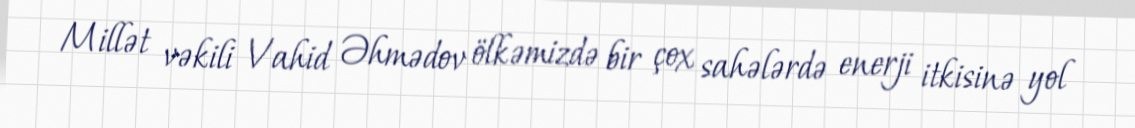
Millət vəkili Vahid Əhmədov ölkəmizdə bir çox sahələrdə enerji itkisinə yol